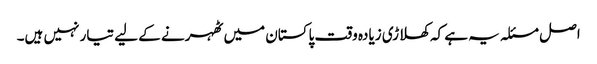
اصل مسئلہ یہ ہے کہ کھلاڑی زیادہ وقت پاکستان میں ٹھہرنے کے لیے تیار نہیں ہیں۔